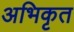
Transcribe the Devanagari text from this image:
अभिकृत